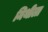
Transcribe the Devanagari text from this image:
मिथीला